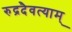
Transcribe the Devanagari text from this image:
रुद्रदैवत्याम्